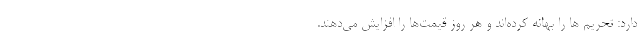
دارد: تحریم ها را بهانه کرده‌اند و هر روز قیمت‌ها را افزایش می‌دهند.